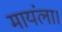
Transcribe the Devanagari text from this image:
मायंला।